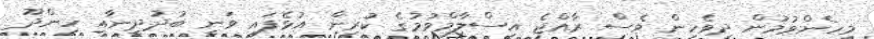
މިހެންވުމުން ދިވެހިން ވެސް ރާއްޖެ އިސްލާމްވުމުގެ ކުރިން އުޅެފައި ވަނީ ބުދުދީނާއި ހިންދޫ